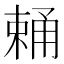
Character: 𣗧